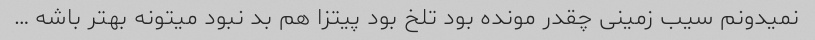
نمیدونم سیب زمینی چقدر مونده بود تلخ بود پیتزا هم بد نبود میتونه بهتر باشه …